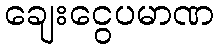
ချေးငွေပမာဏ